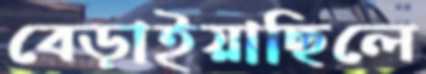
বেড়াইয়াছিলে